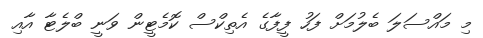
މި މައްސަލަ ބެލުމަށް ފަހު ފީފާގެ އެތިކްސް ކޮމެޓީން ވަނީ ބްލެޓާ އާއި